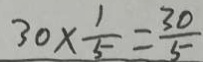
3 0 \times \frac { 1 } { 5 } = \frac { 3 0 } { 5 }